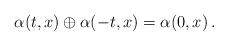
LaTeX: \begin{align*}\alpha(t,x) \oplus \alpha(-t,x)= \alpha(0,x) \,.\end{align*}